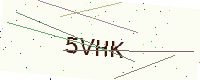
Text: 5VHK